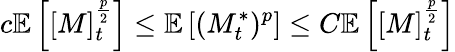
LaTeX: c\mathbb{E}\left[[M]_{t}^{\frac{p}{2}}\right]\leq\mathbb{E}\left[(M_{t}^{*})^{p}\right]\leq C\mathbb{E}\left[[M]_{t}^{\frac{p}{2}}\right]